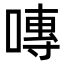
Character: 𭉾